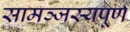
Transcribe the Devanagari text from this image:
सामञ्जस्यपूर्ण